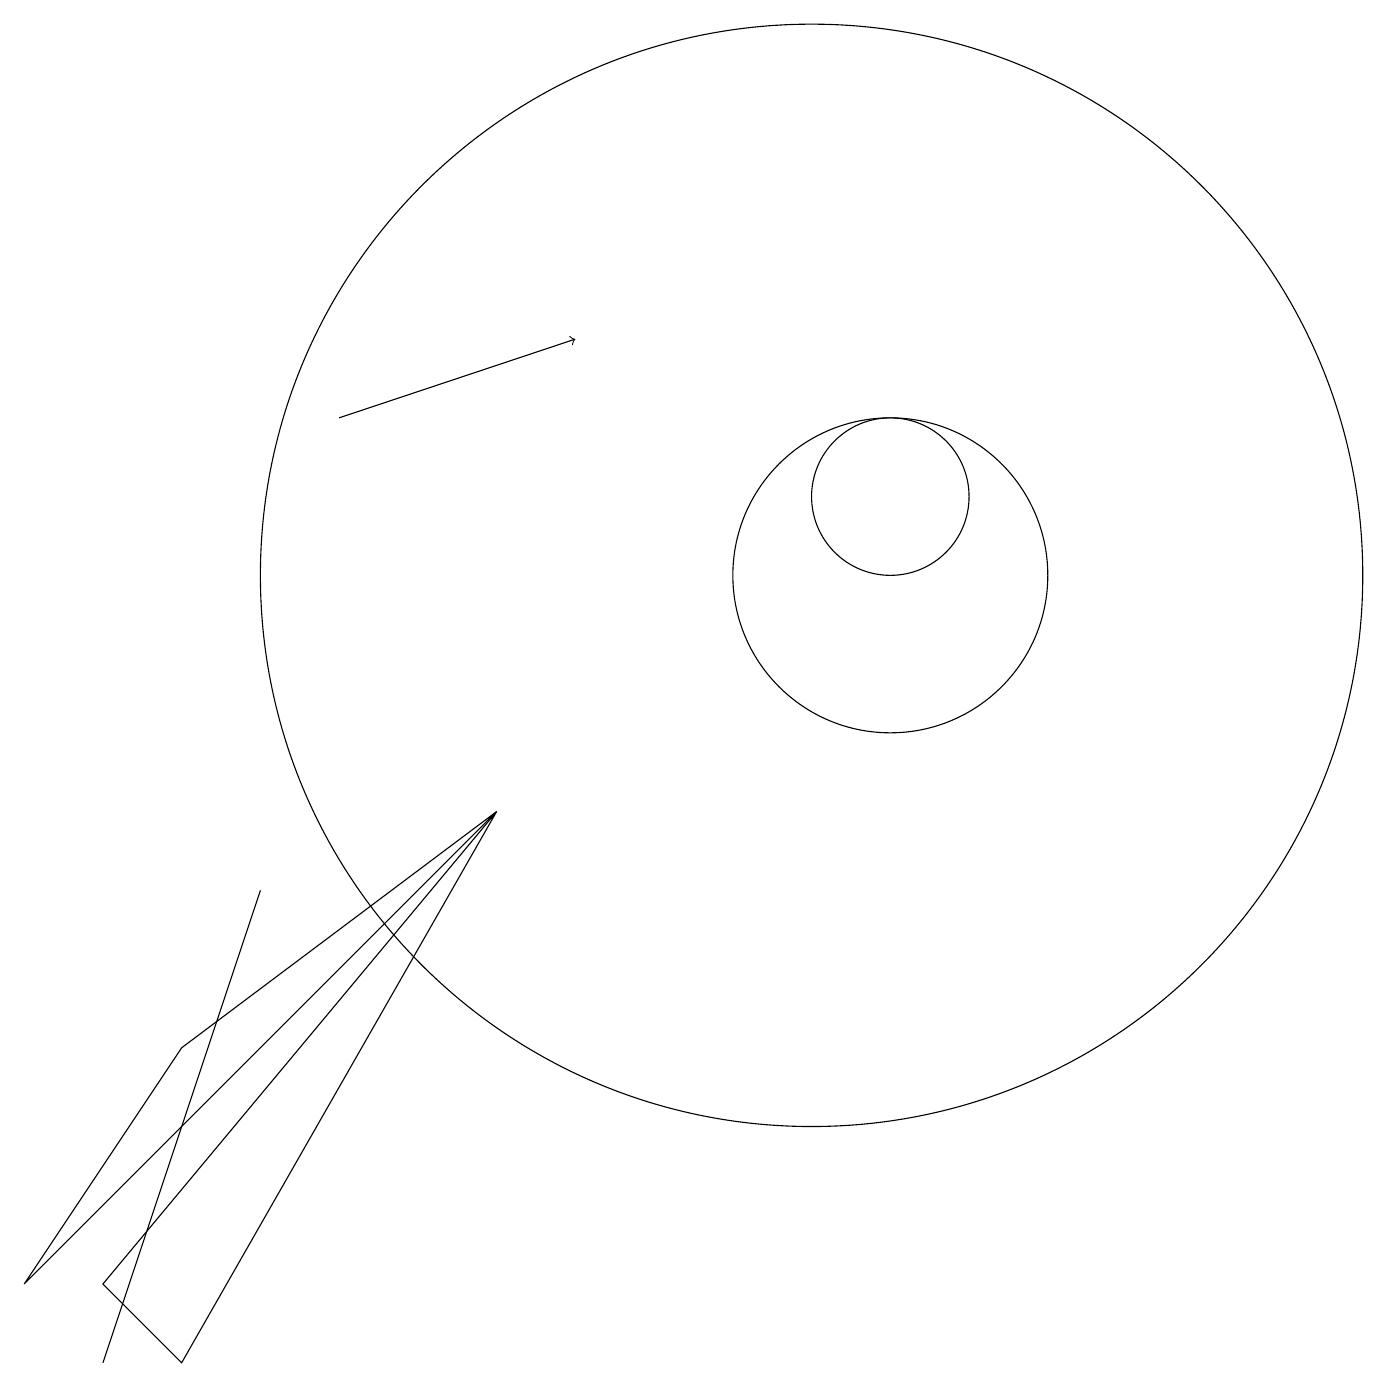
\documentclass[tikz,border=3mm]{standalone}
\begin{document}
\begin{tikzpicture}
\draw (10,11) circle (7);
\draw (2,5) -- (6,8) -- (0,2) -- cycle;
\draw (11,11) circle (2);
\draw (11,12) circle (1);
\draw (2,4) -- (3,7) -- (1,1) -- cycle;
\draw[->] (4,13) -- (7,14);
\draw (2,1) -- (6,8) -- (1,2) -- cycle;
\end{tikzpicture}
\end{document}